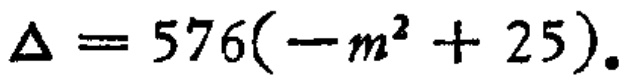
\(\Delta = 576(-m^{2}+25).\)